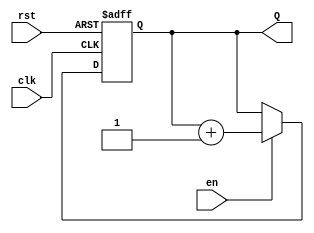
module binary_counter #(
    parameter N = 4  // Number of bits in the counter
) (
    input wire clk,    // Clock input
    input wire rst,    // Asynchronous reset input
    input wire en,     // Enable input
    output reg [N-1:0] Q  // Current count value (N bits)
);

    // On every rising edge of the clock or reset
    always @(posedge clk or posedge rst) begin
        if (rst) begin
            // Asynchronous reset: set count to 0
            Q <= 0;
        end else if (en) begin
            // If enabled, increment the count
            Q <= Q + 1;
        end
        // If not enabled, retain the current count value
    end

endmodule